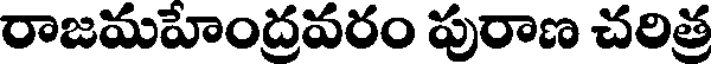
రాజమహేంద్రవరం పురాణ చరిత్ర